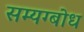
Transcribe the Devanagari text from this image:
सम्यग्बोध